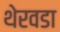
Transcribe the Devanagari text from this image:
थेरवडा